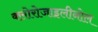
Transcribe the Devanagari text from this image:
क्लोरोजाइलीनोल